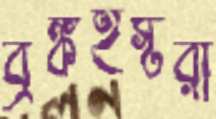
ব্রঙ্কহর্স্টরা